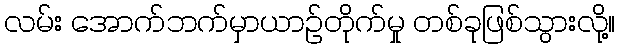
လမ်း အောက်ဘက်မှာယာဉ်တိုက်မှု တစ်ခုဖြစ်သွားလို့။